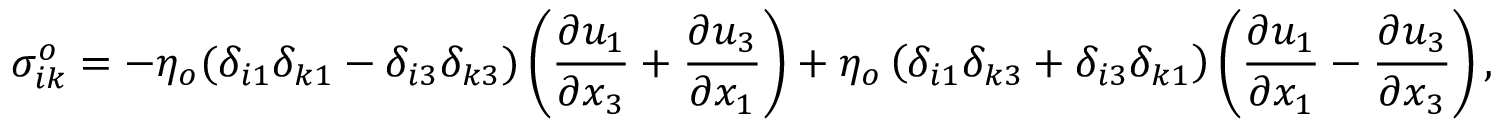
\sigma _ { i k } ^ { o } = - \eta _ { o } ( \delta _ { i 1 } \delta _ { k 1 } - \delta _ { i 3 } \delta _ { k 3 } ) \left( \frac { \partial u _ { 1 } } { \partial x _ { 3 } } + \frac { \partial u _ { 3 } } { \partial x _ { 1 } } \right) + \eta _ { o } \left( \delta _ { i 1 } \delta _ { k 3 } + \delta _ { i 3 } \delta _ { k 1 } \right) \left( \frac { \partial u _ { 1 } } { \partial x _ { 1 } } - \frac { \partial u _ { 3 } } { \partial x _ { 3 } } \right) ,